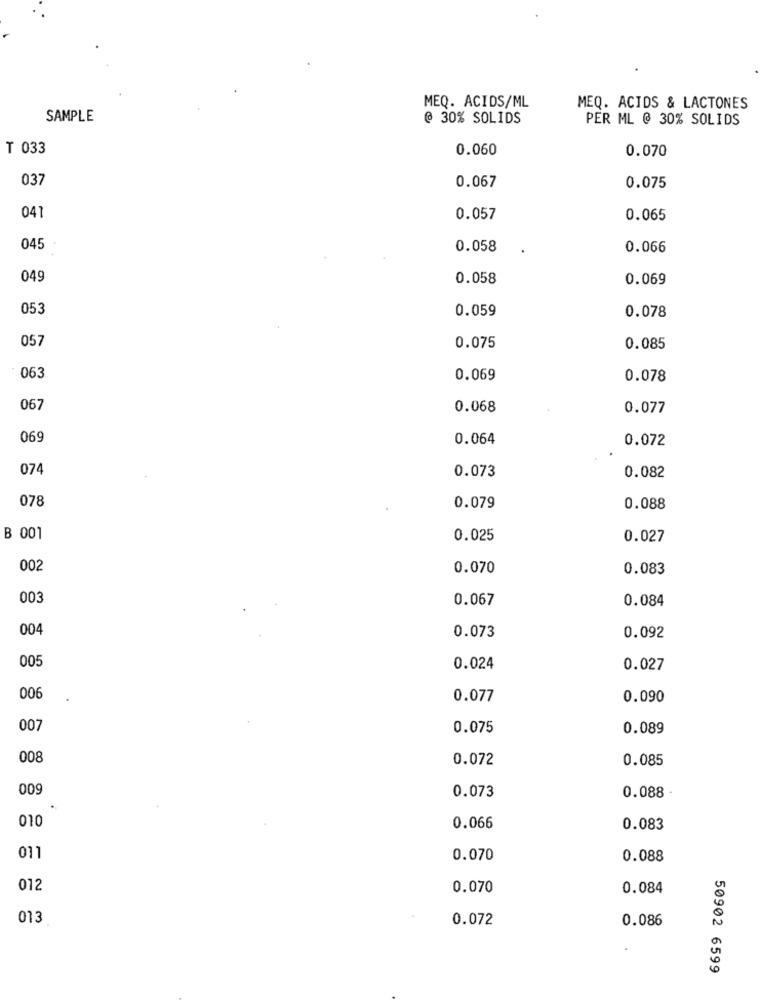
MEQ. ACIDS/ML
MEQ. ACIDS & LACTONES
SAMPLE
@ 30% SOLIDS
PER ML @ 30% SOLIDS
T 033
0.060
0.070
037
0.067
0.075
041
0.057
0.065
045
0.058
0.066
049
0.058
0.069
053
0.059
0.078
057
0.075
0.085
063
0.069
0.078
067
0.068
0.077
069
0.064
0.072
074
0.073
0.082
078
0.079
0.088
B 001
0.025
0.027
002
0.070
0.083
003
0.067
0.084
004
0.073
0.092
005
0.024
0.027
0.077
0.090
007
0.075
0.089
008
0.072
0.085
009
0.073
0.088 -
010
0.066
0.083
011
0.070
0.088
012
0.070
0.084
013
0.072
0.086
50902 6599